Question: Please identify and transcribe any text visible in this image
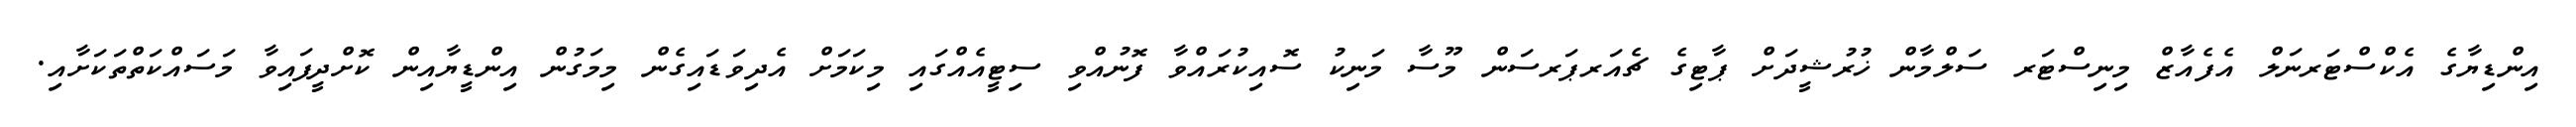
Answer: އިންޑިޔާގެ އެކްސްޓަރނަލް އެފެއާޒް މިނިސްޓަރ ސަލްމާން ޚުރުޝީދަށް ޕާޓިގެ ޗެއަރޕަރސަން މޫސާ މަނިކު ސޮއިކުރައްވާ ފޮނުއްވި ސިޓީއެއްގައި މިކަމަށް އެދިވަޑައިގެން މިމަގުން އިންޑީޔާއިން ކޮށްދީފައިވާ މަސައްކަތްތަކަށާއި.